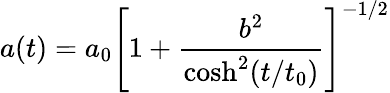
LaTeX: a(t)=a_{0}\left[1+\frac{b^{2}}{\cosh^{2}(t/t_{0})}\right]^{-1/2}